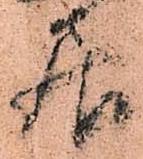
居